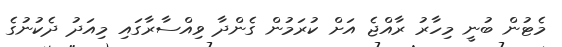
މެޓުން ބުނީ މިހާރު ރާއްޖެ އަށް ކުރަމުން ގެންދާ ވިއްސާރާގައި މިއަދު ދެކުނުގެ